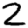
Digit: 2